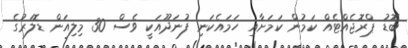
ބޮޑު ޕްރޮޖެއްޓެއް ކަމުން ކަމަށާއި ހަމައެކަނި ފުނަދޫއަކީ ވެސް 30 މިލިއަން ޑޮލަރުގެ